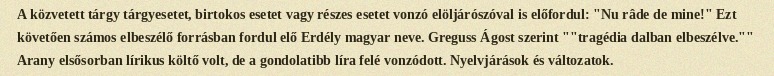
A közvetett tárgy tárgyesetet, birtokos esetet vagy részes esetet vonzó elöljárószóval is előfordul: "Nu râde de mine!" Ezt követően számos elbeszélő forrásban fordul elő Erdély magyar neve. Greguss Ágost szerint ""tragédia dalban elbeszélve."" Arany elsősorban lírikus költő volt, de a gondolatibb líra felé vonzódott. Nyelvjárások és változatok.